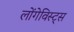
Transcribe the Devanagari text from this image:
लोंगेविस्ट्स